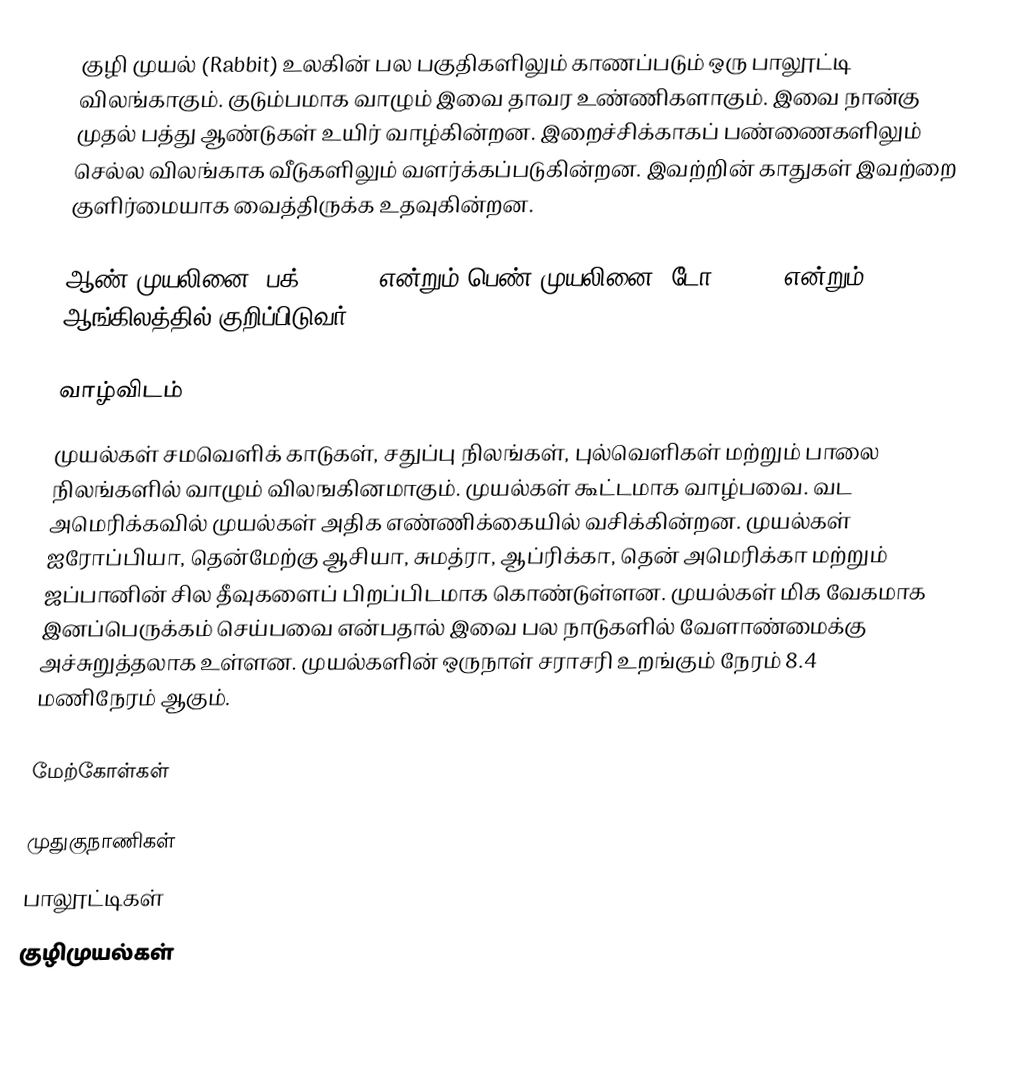
குழி முயல் (Rabbit) உலகின் பல பகுதிகளிலும் காணப்படும் ஒரு பாலூட்டி விலங்காகும். குடும்பமாக வாழும் இவை தாவர உண்ணிகளாகும். இவை நான்கு முதல் பத்து ஆண்டுகள் உயிர் வாழ்கின்றன. இறைச்சிக்காகப் பண்ணைகளிலும் செல்ல விலங்காக வீடுகளிலும் வளர்க்கப்படுகின்றன. இவற்றின் காதுகள் இவற்றை குளிர்மையாக வைத்திருக்க உதவுகின்றன.

ஆண் முயலினை "பக்" (buck)   என்றும்  பெண் முயலினை "டோ" (Doe) என்றும் ஆங்கிலத்தில் குறிப்பிடுவர்.

வாழ்விடம்
முயல்கள் சமவெளிக் காடுகள், சதுப்பு நிலங்கள், புல்வெளிகள் மற்றும் பாலை நிலங்களில் வாழும் விலஙகினமாகும். முயல்கள் கூட்டமாக வாழ்பவை. வட அமெரிக்கவில் முயல்கள் அதிக எண்ணிக்கையில் வசிக்கின்றன. முயல்கள் ஐரோப்பியா, தென்மேற்கு ஆசியா, சுமத்ரா, ஆப்ரிக்கா, தென் அமெரிக்கா மற்றும் ஜப்பானின் சில தீவுகளைப் பிறப்பிடமாக கொண்டுள்ளன. முயல்கள் மிக வேகமாக இனப்பெருக்கம் செய்பவை என்பதால் இவை பல நாடுகளில் வேளாண்மைக்கு அச்சுறுத்தலாக உள்ளன. முயல்களின் ஒருநாள் சராசரி உறங்கும் நேரம் 8.4  மணிநேரம் ஆகும்.

மேற்கோள்கள்

முதுகுநாணிகள்
பாலூட்டிகள்
குழிமுயல்கள்